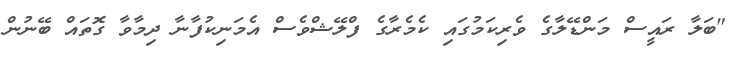
"ބަލާ ރައީސް މަންޑޭލާގެ ވެރިކަމުގައި ކެމެރާގެ ފްލޭޝްވެސް އެމަނިކުފާނާ ދިމާވާ ގޮތައް ބޭނުން